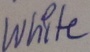
Text: White